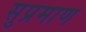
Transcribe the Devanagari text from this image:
सुप्रमाण